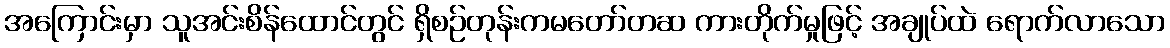
အကြောင်းမှာ သူအင်းစိန်ထောင်တွင် ရှိစဉ်တုန်းကမတော်တဆ ကားတိုက်မှုဖြင့် အချုပ်ထဲ ရောက်လာသော